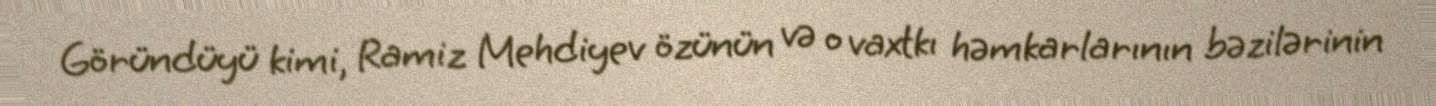
Göründüyü kimi, Ramiz Mehdiyev özünün və o vaxtkı həmkarlarının bəzilərinin